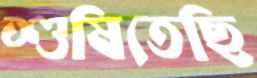
শুষিতেছি